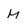
Character: M